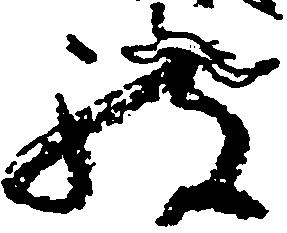
被